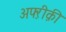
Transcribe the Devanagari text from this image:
अफ्ऱीक़ी